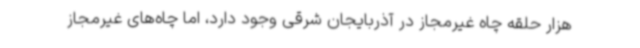
هزار حلقه چاه غیرمجاز در آذربایجان شرقی وجود دارد، اما چاه‌های غیرمجاز